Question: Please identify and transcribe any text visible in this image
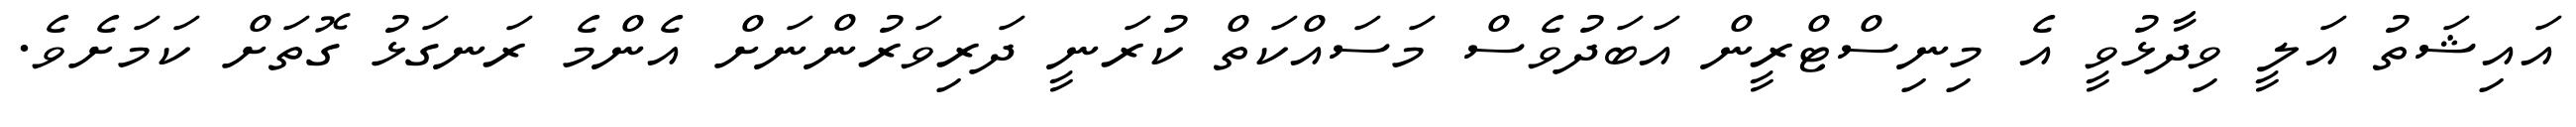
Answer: އައިޝަތު އަލީ ވިދާޅުވީ އެ މިނިސްޓްރީން އަބަދުވެސް މަސައްކަތް ކުރަނީ ދަރިވަރުންނަށް އެންމެ ރަނގަޅު ގޮތަށް ކަމަށެވެ.